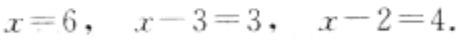
$x = 6,\ x - 3 = 3,\ x - 2 = 4$.